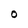
Character: O